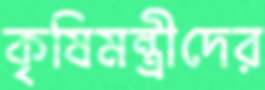
কৃষিমন্ত্রীদের